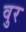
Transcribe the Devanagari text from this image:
वुर